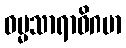
ဓမ္မသာရာဓိဂမာ